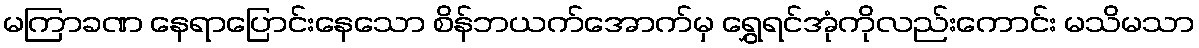
မကြာခဏ နေရာပြောင်းနေသော စိန်ဘယက်အောက်မှ ရွှေရင်အုံကိုလည်းကောင်း မသိမသာ